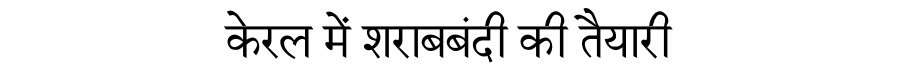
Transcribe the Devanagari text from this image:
केरल में शराबबंदी की तैयारी